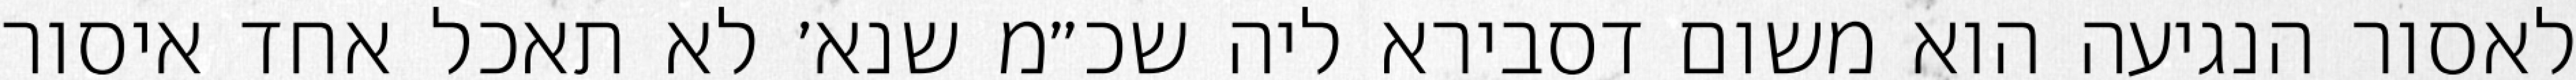
לאסור הנגיעה הוא משום דסבירא ליה שכ״מ שנא׳ לא תאכל אחד איסור